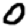
Digit: 0